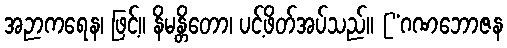
အဉာကရေန၊ ဖြင့်။ နိမန္တိတော၊ ပင့်ဖိတ်အပ်သည်။ [“ဂဏဘောဇန